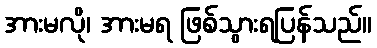
အားမလို၊ အားမရ ဖြစ်သွားရပြန်သည်။